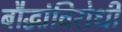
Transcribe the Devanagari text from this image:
बौद्धांविरोधी